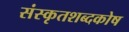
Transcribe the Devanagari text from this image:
संस्कृतशब्दकोष